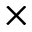
\times